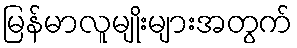
မြန်မာလူမျိုးများအတွက်